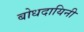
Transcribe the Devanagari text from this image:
बोधदायिनी